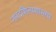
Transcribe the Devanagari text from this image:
नारदशिल्पशास्त्रम